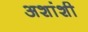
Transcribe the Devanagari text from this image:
अशांशी